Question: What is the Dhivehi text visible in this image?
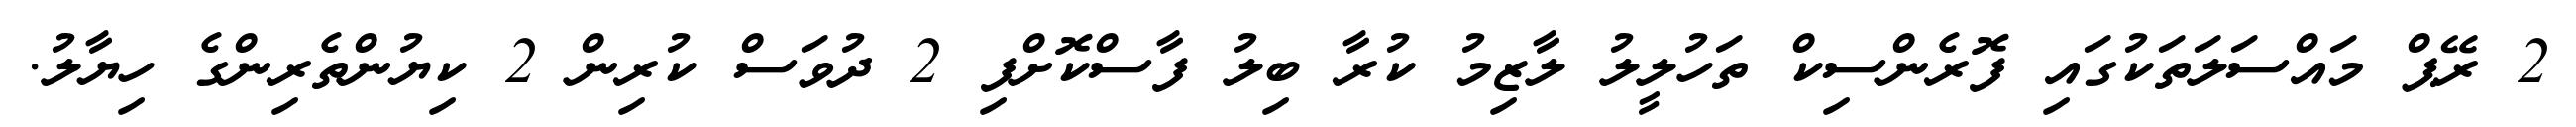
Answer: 2 ރޭޕް މައްސަލަތަކުގައި ފޮރެންސިކް ތަހުލީލު ލާޒިމު ކުރާ ބިލު ފާސްކޮށްފި 2 ދުވަސް ކުރިން 2 ކިޔުންތެރިންގެ ހިޔާލު.